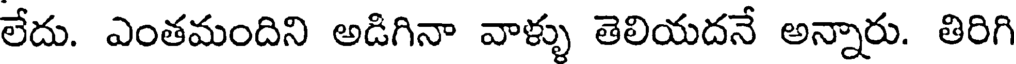
లేదు. ఎంతమందిని అడిగినా వాళ్ళు తెలియదనే అన్నారు. తిరిగి